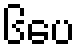
၆ပေ